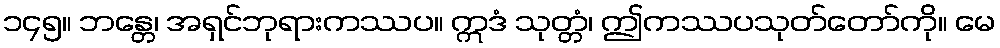
၁၄၅။ ဘန္တေ၊ အရှင်ဘုရားကဿပ။ ဣဒံ သုတ္တံ၊ ဤကဿပသုတ်တော်ကို။ မေ